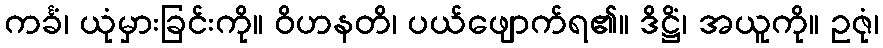
ကင်္ခံ၊ ယုံမှားခြင်းကို။ ဝိဟနတိ၊ ပယ်ဖျောက်ရ၏။ ဒိဋ္ဌိံ၊ အယူကို။ ဥဇုံ၊